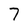
Character: 7